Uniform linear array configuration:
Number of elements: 24
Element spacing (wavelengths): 0.5
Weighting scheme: kaiser
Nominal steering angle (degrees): -60
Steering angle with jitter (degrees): -58.791
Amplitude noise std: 0.05
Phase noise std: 0.05

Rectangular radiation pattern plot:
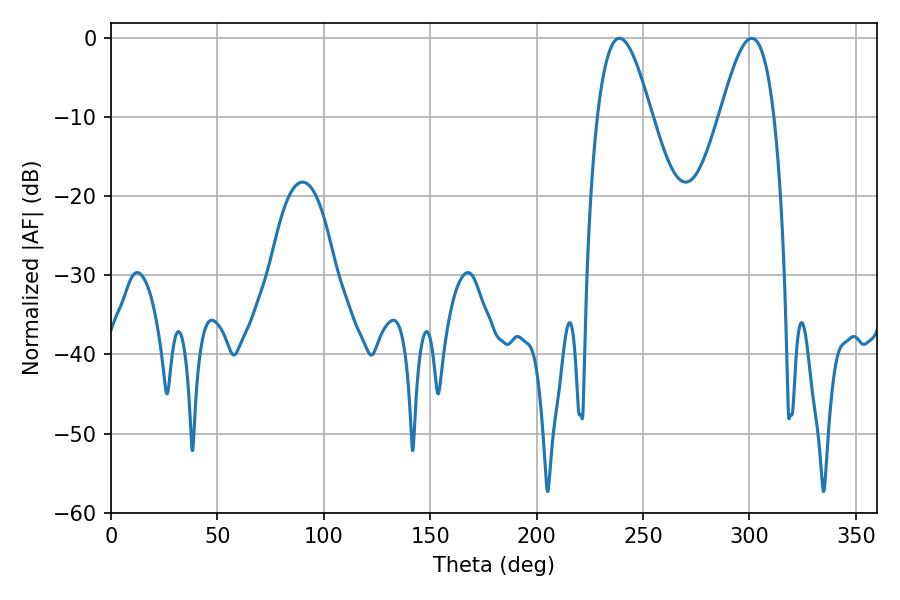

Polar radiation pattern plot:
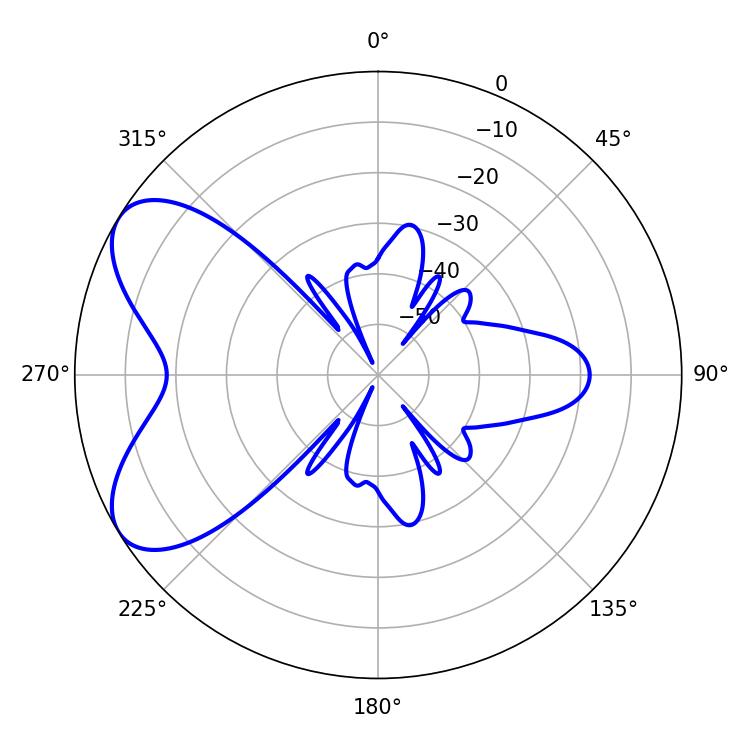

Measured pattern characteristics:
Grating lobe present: FALSE
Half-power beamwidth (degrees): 13.86
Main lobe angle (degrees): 238.86